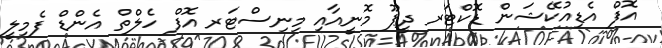
އޮފް އެޑިއުކޭޝަން ޑޮކްޓަރ ދީޕޫ މޮނީއާއި މިނިސްޓަރ އޮފް ހެލްތް އެންޑް ފެމިލީ